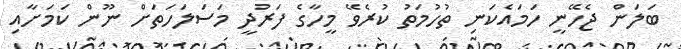
ބަލަން ޖެހޭނީ ހަމައެކަނި ތުހުމަތު ކުރެވޭ މީހާގެ ފަރުދީ މަސަލަހަތަށް ނޫން ކަމަށާއި